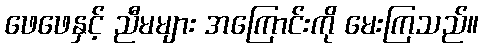
ဖေဖေနှင့် ညီမများ အကြောင်းကို မေးကြသည်။